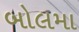
બોલમા